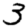
Digit: 3